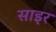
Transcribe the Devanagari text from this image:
साइर